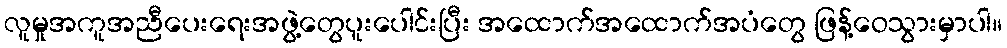
လူမှုအကူအညီပေးရေးအဖွဲ့တွေပူးပေါင်းပြီး အထောက်အထောက်အပံတွေ ဖြန့်ဝေသွားမှာပါ။